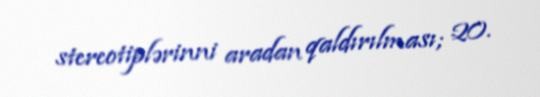
stereotiplərinni aradan qaldırılması; 20.